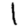
Digit: 1